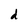
Character: d